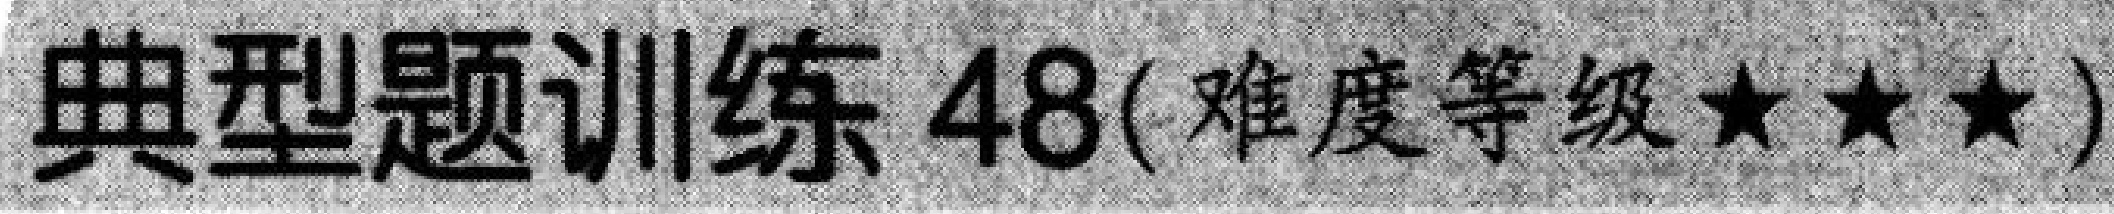
典型题训练 48(难度等级★★★)